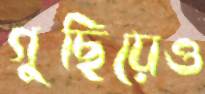
গুছিয়েও